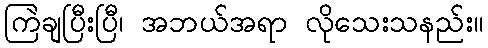
ကြဲချပြီးပြီ၊ အဘယ်အရာ လိုသေးသနည်း။